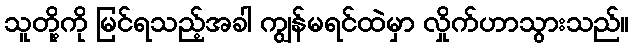
သူတို့ကို မြင်ရသည့်အခါ ကျွန်မရင်ထဲမှာ လှိုက်ဟာသွားသည်။